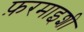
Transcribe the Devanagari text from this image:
फ़रमाइशी